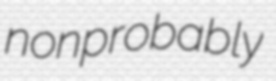
nonprobably